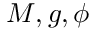
M , g , \phi